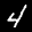
Label: 4